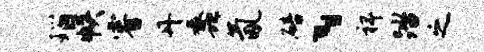
瑙帙睿丹蠡氤碚、裨踏之